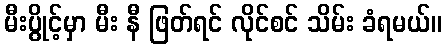
မီးပွိုင့်မှာ မီး နီ ဖြတ်ရင် လိုင်စင် သိမ်း ခံရမယ်။